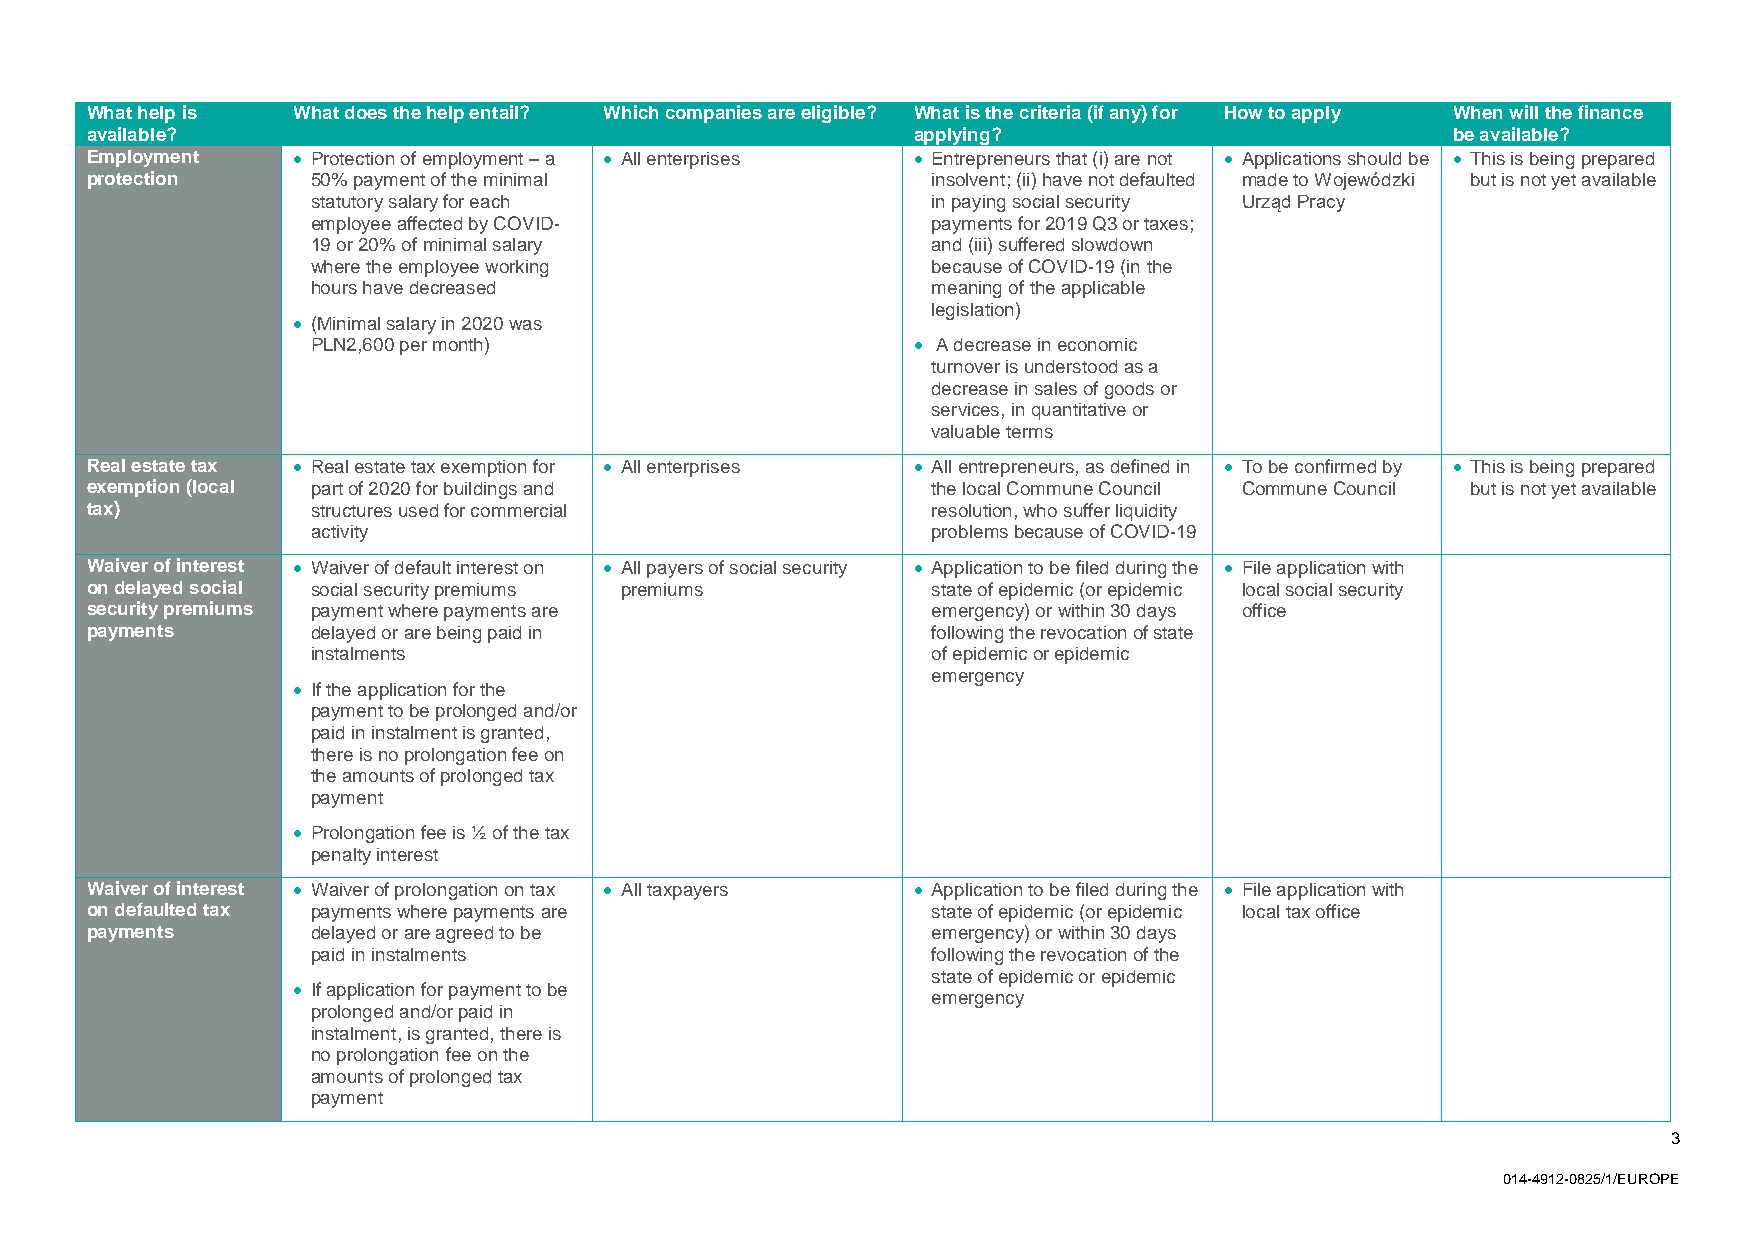
What help is What does the help entail? Which companies are eligible? What is the criteria (if any) for How to apply When will the finance
 available?                                            applying?                           be available?
 Employment    Protection of employment – a  All enterprises  Entrepreneurs that (i) are not  Applications should be  This is being prepared
 protection     50% payment of the minimal               insolvent; (ii) have not defaulted made to Wojewódzki but is not yet available
 statutory salary for each                in paying social security Urząd Pracy
 employee affected by COVID-              payments for 2019 Q3 or taxes;
 19 or 20% of minimal salary              and (iii) suffered slowdown
 where the employee working               because of COVID-19 (in the
 hours have decreased                     meaning of the applicable
 legislation)
  (Minimal salary in 2020 was
 PLN2,600 per month)                     A decrease in economic
 turnover is understood as a
 decrease in sales of goods or
 services, in quantitative or
 valuable terms
 Real estate tax  Real estate tax exemption for  All enterprises  All entrepreneurs, as defined in  To be confirmed by  This is being prepared
 exemption (local part of 2020 for buildings and         the local Commune Council Commune Council but is not yet available
 tax)           structures used for commercial           resolution, who suffer liquidity
 activity                                 problems because of COVID-19
 Waiver of interest  Waiver of default interest on  All payers of social security  Application to be filed during the  File application with
 on delayed social social security premiums premiums     state of epidemic (or epidemic local social security
 security premiums payment where payments are            emergency) or within 30 days office
 payments       delayed or are being paid in             following the revocation of state
 instalments                              of epidemic or epidemic
 emergency
  If the application for the
 payment to be prolonged and/or
 paid in instalment is granted,
 there is no prolongation fee on
 the amounts of prolonged tax
 payment
  Prolongation fee is ½ of the tax
 penalty interest
 Waiver of interest  Waiver of prolongation on tax  All taxpayers  Application to be filed during the  File application with
 on defaulted tax payments where payments are            state of epidemic (or epidemic local tax office
 payments       delayed or are agreed to be              emergency) or within 30 days
 paid in instalments                      following the revocation of the
 state of epidemic or epidemic
  If application for payment to be
 emergency
 prolonged and/or paid in
 instalment, is granted, there is
 no prolongation fee on the
 amounts of prolonged tax
 payment
 3
 014-4912-0825/1/EUROPE